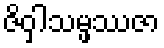
ဇိဝှါသမ္ဖဿဇာ